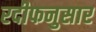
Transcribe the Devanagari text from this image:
रदीफनुसार